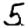
Digit: 5